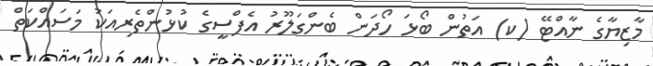
މާޒިޔާގެ ނާއްޓޭ (ކ) އަތުން ބޯޅަ ހޯދަން ބެންގަލޫރު އެފްސީގެ ކުޅުންތެރިއަކު މަސައްކަތް